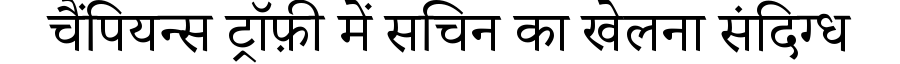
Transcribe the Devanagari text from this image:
चैंपियन्स ट्रॉफ़ी में सचिन का खेलना संदिग्ध